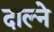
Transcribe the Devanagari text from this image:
दाल्ने